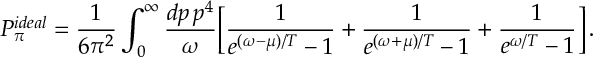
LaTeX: P _ { \pi } ^ { i d e a l } = \frac { 1 } { 6 \pi ^ { 2 } } \int _ { 0 } ^ { \infty } { \frac { d p \, p ^ { 4 } } { \omega } } \bigg [ { \frac { 1 } { e ^ { ( \omega - \mu ) / T } - 1 } } + { \frac { 1 } { e ^ { ( \omega + \mu ) / T } - 1 } } + { \frac { 1 } { e ^ { \omega / T } - 1 } } \bigg ] \, .